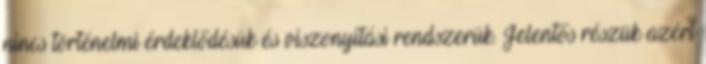
nincs történelmi érdeklődésük és viszonyítási rendszerük. Jelentős részük azért